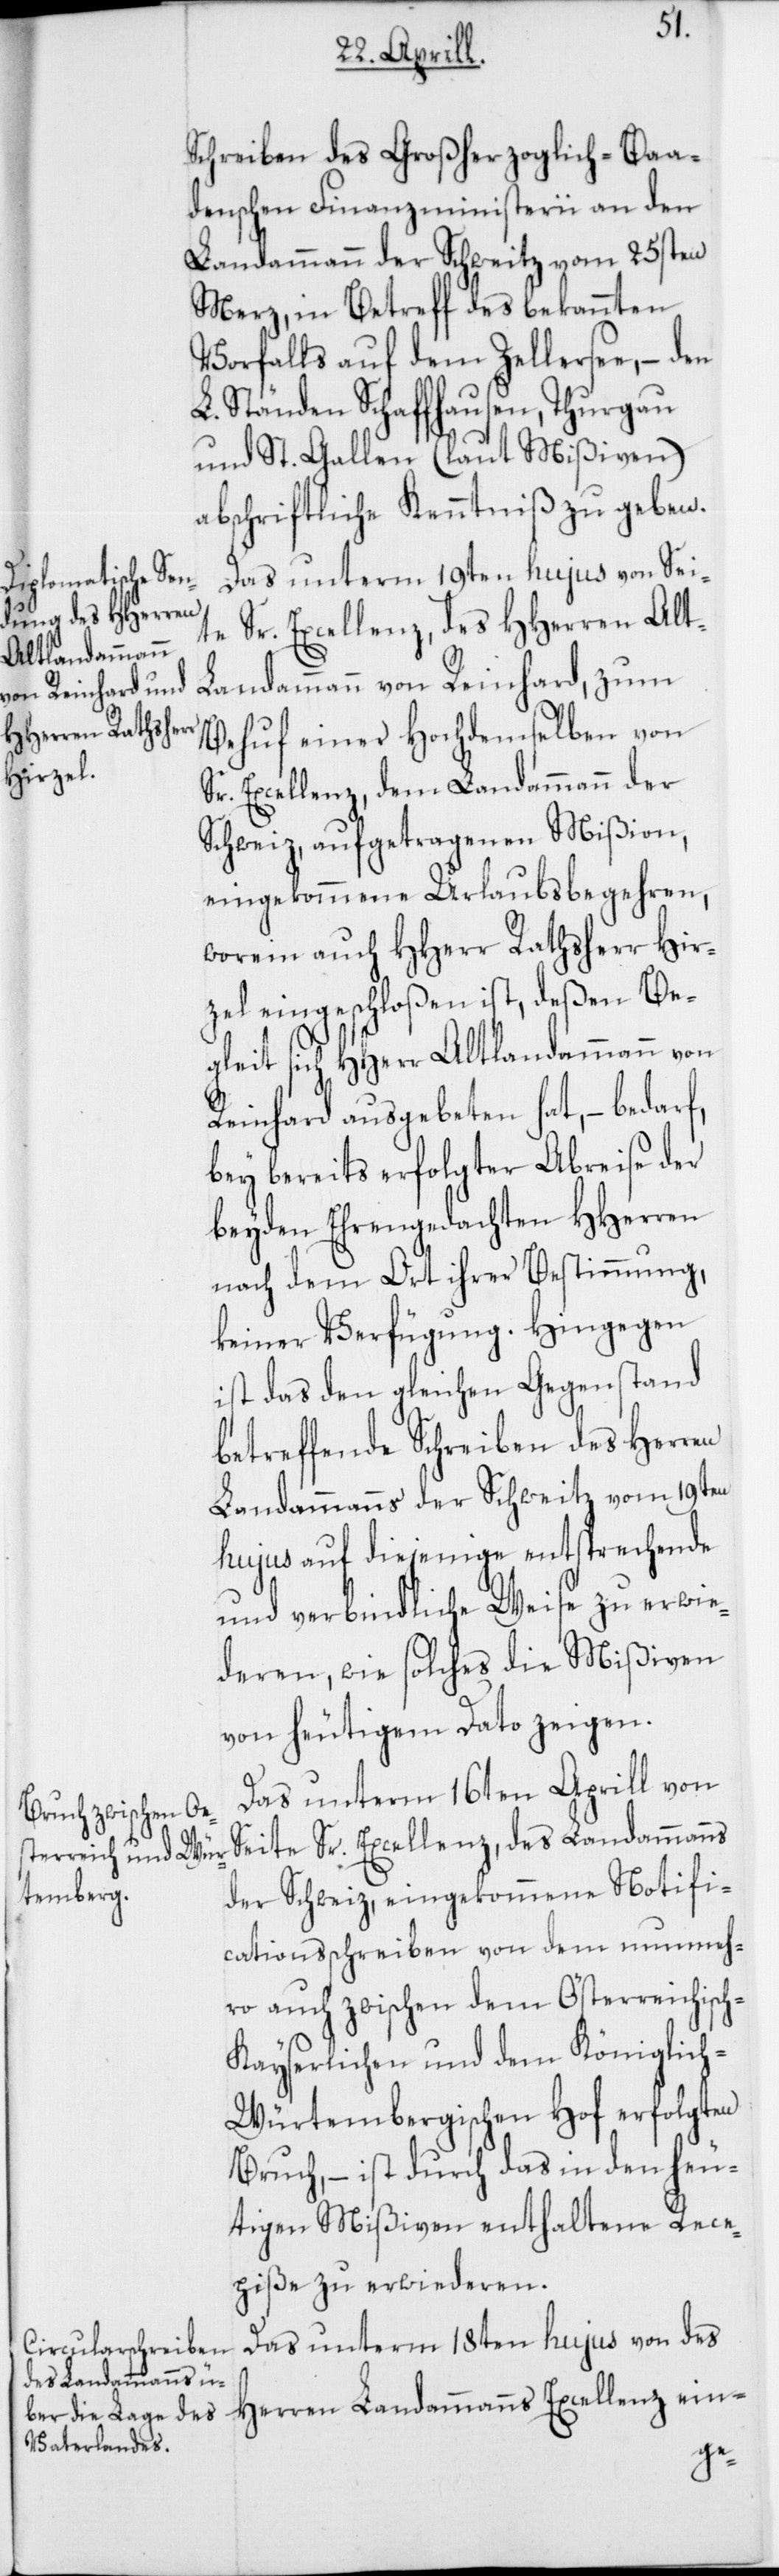
Schreiben des Großherzoglich-Baa¬
denschen Finanzministerii an den
Landammann der Schweitz vom 25sten
Merz, in Betreff des bekannten
Vorfalls auf dem Zellersee, –
L. Ständen Schaffhausen, Thurgau
und St. Gallen (laut Mißiven)
abschriftliche Kenntniß zu geben.
Das unterm 19ten hujus von Sei¬
te Sr. Excellenz des HHerren Alt-L¬
andammann von Reinhard, zum
Behuf einer Hochdemselben von
Sr. Excellenz, dem Landammann der
Schweiz, aufgetragenen Mißion,
eingekommene Urlaubsbegehren,
worein auch HHerr Rathsherr Hir¬
zel eingeschloßen ist, deßen Be¬
gleit sich HHerr Altlandammann von
Reinhard ausgebeten hat, – bedarf,
bey bereits erfolgter Abreise der
beyden Ehrengedachten HHerren
nach dem Ort ihrer Bestimmung,
keiner Verfügung. Hingegen
ist das den gleichen Gegenstand
betreffende Schreiben des Herren
Landammanns der Schweitz vom 19ten
hujus auf diejenige entsprechende
und verbindliche Weise zu erwie¬
deren, wie solches die Mißiven
von heutigem Dato zeigen.
Das unterm 16ten Aprill von
Seite Sr. Excellenz, des Landammanns
der Schweiz, eingekommene Notifi¬
cationsschreiben von dem nunmeh¬
ro auch zwischen dem Österreichisc¬
h-Kayserlichen und dem Königlic¬
h-Würtembergischen Hof erfolgten
Bruch, – ist durch das in den heu¬
tigen Mißiven enthaltene Rece¬
piße zu erwiederen.
Das unterm 18ten hujus von des
Herren Landammanns Excellenz ein-